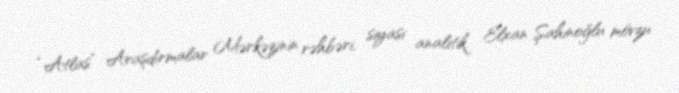
“Atlas” Araşdırmalar Mərkəzinin rəhbəri, siyasi analitik Elxan Şahinoğlu mövzu